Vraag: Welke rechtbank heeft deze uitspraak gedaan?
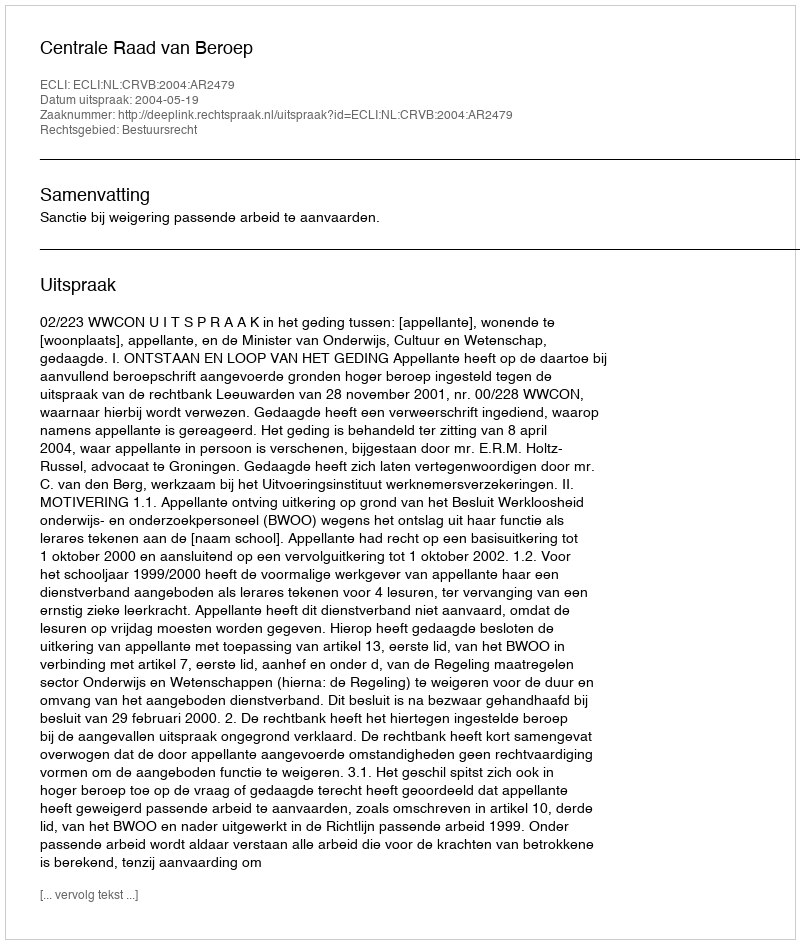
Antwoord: Centrale Raad van Beroep